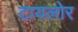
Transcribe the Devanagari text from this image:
टायलोर